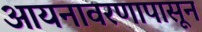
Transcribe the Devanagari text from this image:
आयनावरणापासून